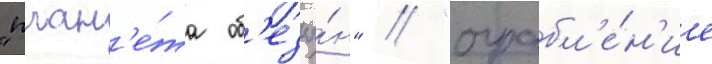
"план'е́та об'езья́н" / "ограбл'е́н'ие